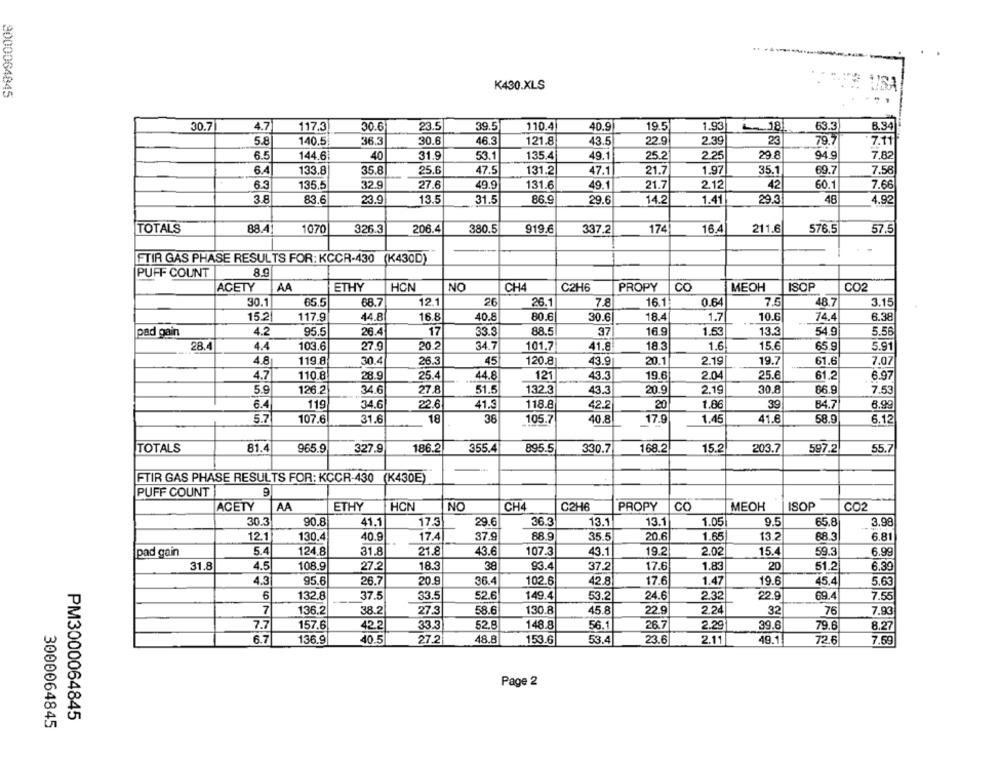
K430.XLS
9000064845
30.7
4.7
117.3
30.6
23.5
39.5
110.4
40.9
19.5
1.93
L- 181
63.3
8.34
5.8
140,5
36.3
30.6
46.3
121.8
43.5
22.9
2.39
23
79.7
7.11
6.5
144.61
40
31.9
53.1
135.4
49.1
25.2
2.25
29.8
94.9
7.82
6.4
133.8
35.8
25.6
47.5
131.2
47.1
21.7
1.97
35.1
69.7
7.56
6.3
32.9
27.6
21.7
2.12
42
135.5
49.9
131.6
49.1
60.1
7.66
3.8
48
83.6
23.9
13.5
31.5
86.9
29.6
14.2
1.41
29.3
4.92
TOTALS
88.4
1070
326.3
16.4
57.5
206.4
380.5
919.6
337.2
174
211.6
576.5
FTIR GAS PHASE RESULTS FOR: KCCR-430 (K430D)
PUFF COUNT
8.9
ACETY
AA
ETHY
HON
NO
CH4
C2H6
PROPY
CO
MEOH
ISOP
CO2
30.1
65.5
68.7
12.1
26
26.1
7.8
16.1
0.64
7.5
48.7
3.15
15.2
117.9
44.8
16.8
40.8
80.6
30.6
18.4
1.7
10.6
74.4
6.38
pad gain
4.2
95.5
26.4
17
33.3
88.5
37
16.9
1.53
13.3
54.9
5.56
28.4
4.4
103.6
27.9
20.2
34.7
101.7
41.8
18.3
1.6
15.6
65.9
5.91
4.8
119.8
30.4
26.3
45
120.8
43.9
20.1
2.19
19.7
61.6
7.07
4.7
110.8
28.9
25.4
44.8
121
43.3
19.6
2.04
25.6
61.2
6.97
27.8
1323
20.9
2.19
30.8
5.9
126.2
34.6
51.5
43.3
66.9
7.53
6.4
119
34.6
22.6
41.9
118.8
42.2
20
1.86
39
84.7
6.99
5.7
107.6
31.6
18
38
105.7
40.8
17.9
1.45
41.8
58.9
6,12
TOTALS
81.4
965.9
327.9
186.2
355.4
895.5
330.7
168.2
15.2
203.7
597.2
55.7
FTIR GAS PHASE RESULTS FOR: KCCR-430 (K430E)
PUFF COUNT
ACETY
AA
ETHY
HCN
NO
CH4
C2H6
PROPY
CO
MEOH
ISOP
CO2
30.3
90.8
41.1
17.3
29.6
36.3
13.1
13.1
1.05
9.5
65.8
3.98
12.1
130.4
40.9
17.4
37.9
88.9
35.5
20.6
1.65
13.2
88.3
6.81
pad gain
5.4
124.8
31.8
21.8
43.6
107.3
43.1
19.2
2.02
15.4
59.3
6.99
38
20
31.8
4.5
108.9
27.2
18.3
93.4
37.2
17.6
1.83
51.2
6.39
4.3
95.6
26.7
20.9
36.4
102.6
42.8
17.6
1.47
19.6
45,4
5.63
6
132.8
37.5
33.5
52.6
149.4
53.2
24.6
2.32
22.9
69.4
7.55
7
136.2
38.2
58.6
130.8
45.8
22.9
2.24
27.3
32
76
7.93
7.7
157.6
42.2
33.3
52.8
148.8
56.1
26.7
2.29
39.6
79.6
8.27
6.7
136.9
40.5
27.2
48.8
153.6
53.4
23.6
2.11
49.1
72.6
7.59
Page 2
PM3000064845
3000064845